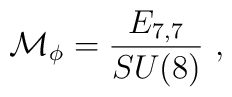
{\cal M}_{\phi} = \frac{E_{7,7}}{SU(8)}\ ,